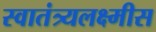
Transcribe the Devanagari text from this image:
स्वातंत्र्यलक्ष्मीस